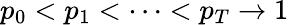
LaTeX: p_{0}<p_{1}<\dots<p_{T}\rightarrow 1